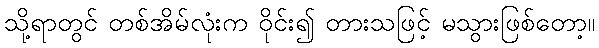
သို့ရာတွင် တစ်အိမ်လုံးက ဝိုင်း၍ တားသဖြင့် မသွားဖြစ်တော့။